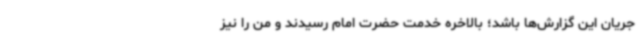
جریان این گزارش‌ها باشد؛ بالاخره خدمت حضرت امام رسیدند و من را نیز